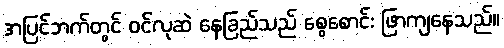
အပြင်ဘက်တွင် ဝင်လုဆဲ နေခြည်သည် စွေစောင်း ဖြာကျနေသည်။